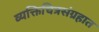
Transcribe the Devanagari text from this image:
व्यक्तिचित्रसंग्रहात